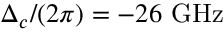
\Delta _ { c } / ( 2 \pi ) = - 2 6 ~ \mathrm { G H z }